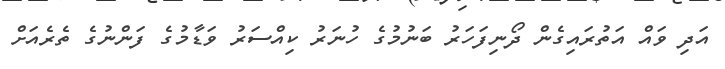
އަދި ވައް އަތުރައިގެން ދޯނިފަހަރު ބަނުމުގެ ހުނަރު ކިއްސަރު ވަޑާމުގެ ފަންނުގެ ތެރެއަށް